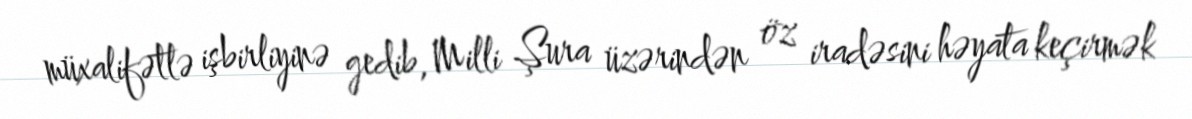
müxalifətlə işbirliyinə gedib, Milli Şura üzərindən öz iradəsini həyata keçirmək